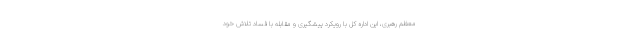
معظم رهبری، این اداره کل با رویکرد پیشگیری و مقابله با فساد تلاش خود